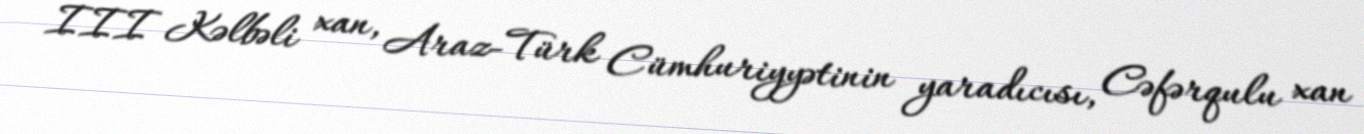
III Kəlbəli xan, Araz-Türk Cümhuriyyətinin yaradıcısı, Cəfərqulu xan